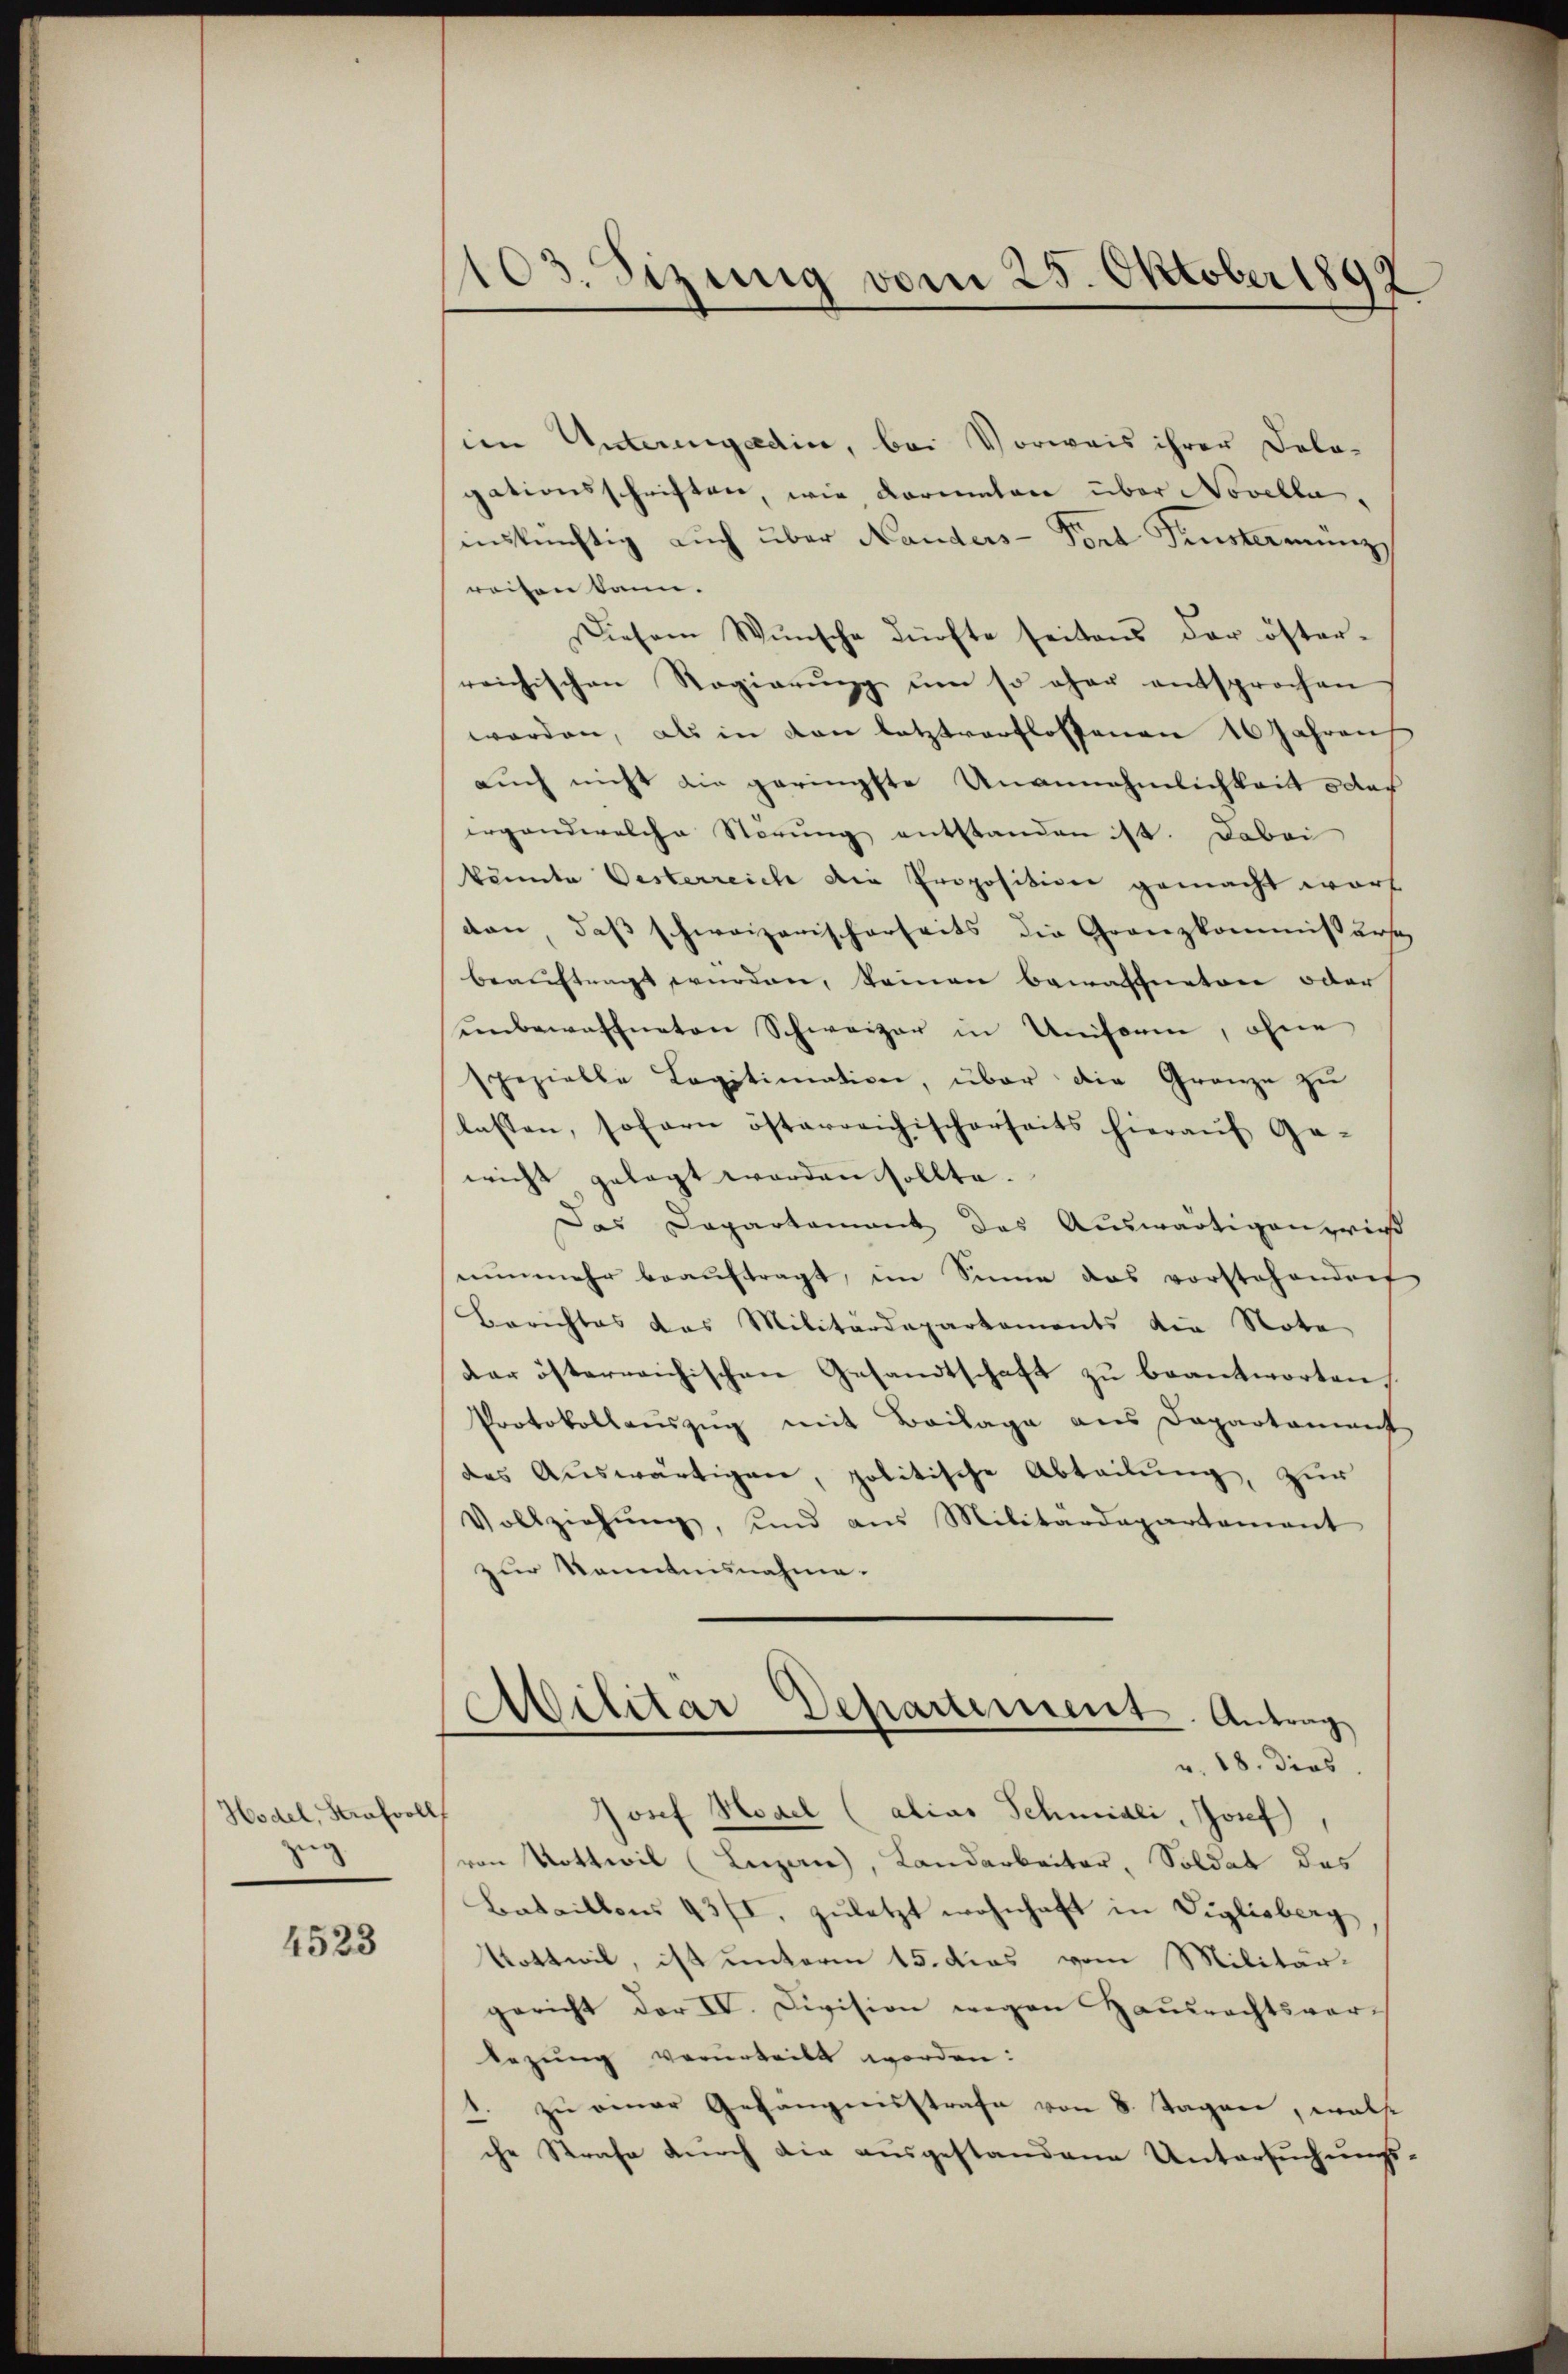
Hodel, Strafvoll
zug.

4523

103. Sizung vom 25. Oktober 1892

im Unterengadin, bei Vorweis ihrer Delagationsschriften, wie Kormatane über Novella,
inskünftig auch über Nanders-Port Finstermünz
weisen kann.
Diesem Wunsche dürfte seitens der öster-
reichischen Regierŭng ŭm so eher entsprochen
worden, als in den letztverflossenen 16 Jahren
auch nicht die geringste Unannehmlichkeit oder
ergandwelche Störung entstanden ist. Dabei
könnte Oesterreich die Proposition gemacht wart
dan, daß schweizerischerseits die Granzkommissärse
beaŭftragt würden, keinen bewaffneten oder
ŭnbewaffneten Schweizer in Uniform, ohne
spezielle Legitimation, über die Granze zu
lassen, sofern österreichischerseits hieraŭf Ge-
wicht gelegt worden sollte.
Das Departament des Auswärtigen zwies
nunmehr beauftragt, im Sinne das vorstehendorf
Berichtes das Militärdepartements die Note
der österreichischen Gesandtschaft zu beantworten
Protokollauszug mit Beilage aus Departament
das Auswärtigen, politische Abteilung, zur
Vollziehŭng, und aus Militärdepartement
zur Kenntnisnahme.
Militar Departement. Antrag
v. 18. dies
Josef Hoael (alias Schmidli, Josef,
von Nothwil (Luzan), Landarbeiter, Soldat des
Bataillons 43/I, zuletzt wohnhaft in Viglisberg
Vottwil, ist unterm 15. das vom Militär-
gericht der IV. Division wegen Hausrechtsver-
legung verurteilt worden:
1. zu einer Gefangensstrafe von 8 Tagen, wolte
che Strafe durch die ausgestandene Untersuchungs¬